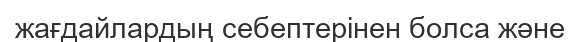
жағдайлардың себептерінен болса және